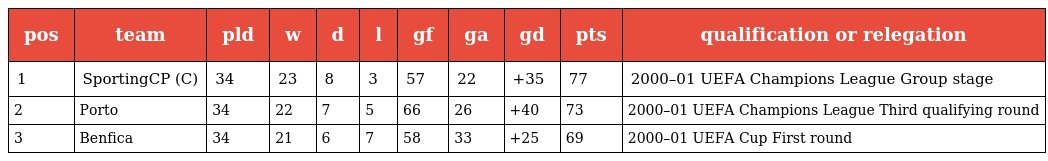
| pos | team | pld | w | d | l | gf | ga | gd | pts | qualification or relegation |
 | --- | --- | --- | --- | --- | --- | --- | --- | --- | --- | --- |
 | 1 | SportingCP (C) | 34 | 23 | 8 | 3 | 57 | 22 | +35 | 77 | 2000–01 UEFA Champions League Group stage |
 | 2 | Porto | 34 | 22 | 7 | 5 | 66 | 26 | +40 | 73 | 2000–01 UEFA Champions League Third qualifying round |
 | 3 | Benfica | 34 | 21 | 6 | 7 | 58 | 33 | +25 | 69 | 2000–01 UEFA Cup First round |